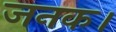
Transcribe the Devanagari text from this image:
जनक।